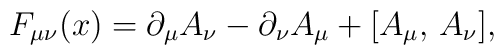
F_{\mu\nu}(x)=\partial_{\mu}A_{\nu}-\partial_{\nu}A_{\mu}+[A_{\mu},\,A_{\nu}],